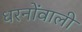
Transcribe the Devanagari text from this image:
धरनोंवाली